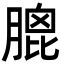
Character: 膍